65_HS1-834228961_62-HQ-83894_Section_7
Agency: FBI
Page 65
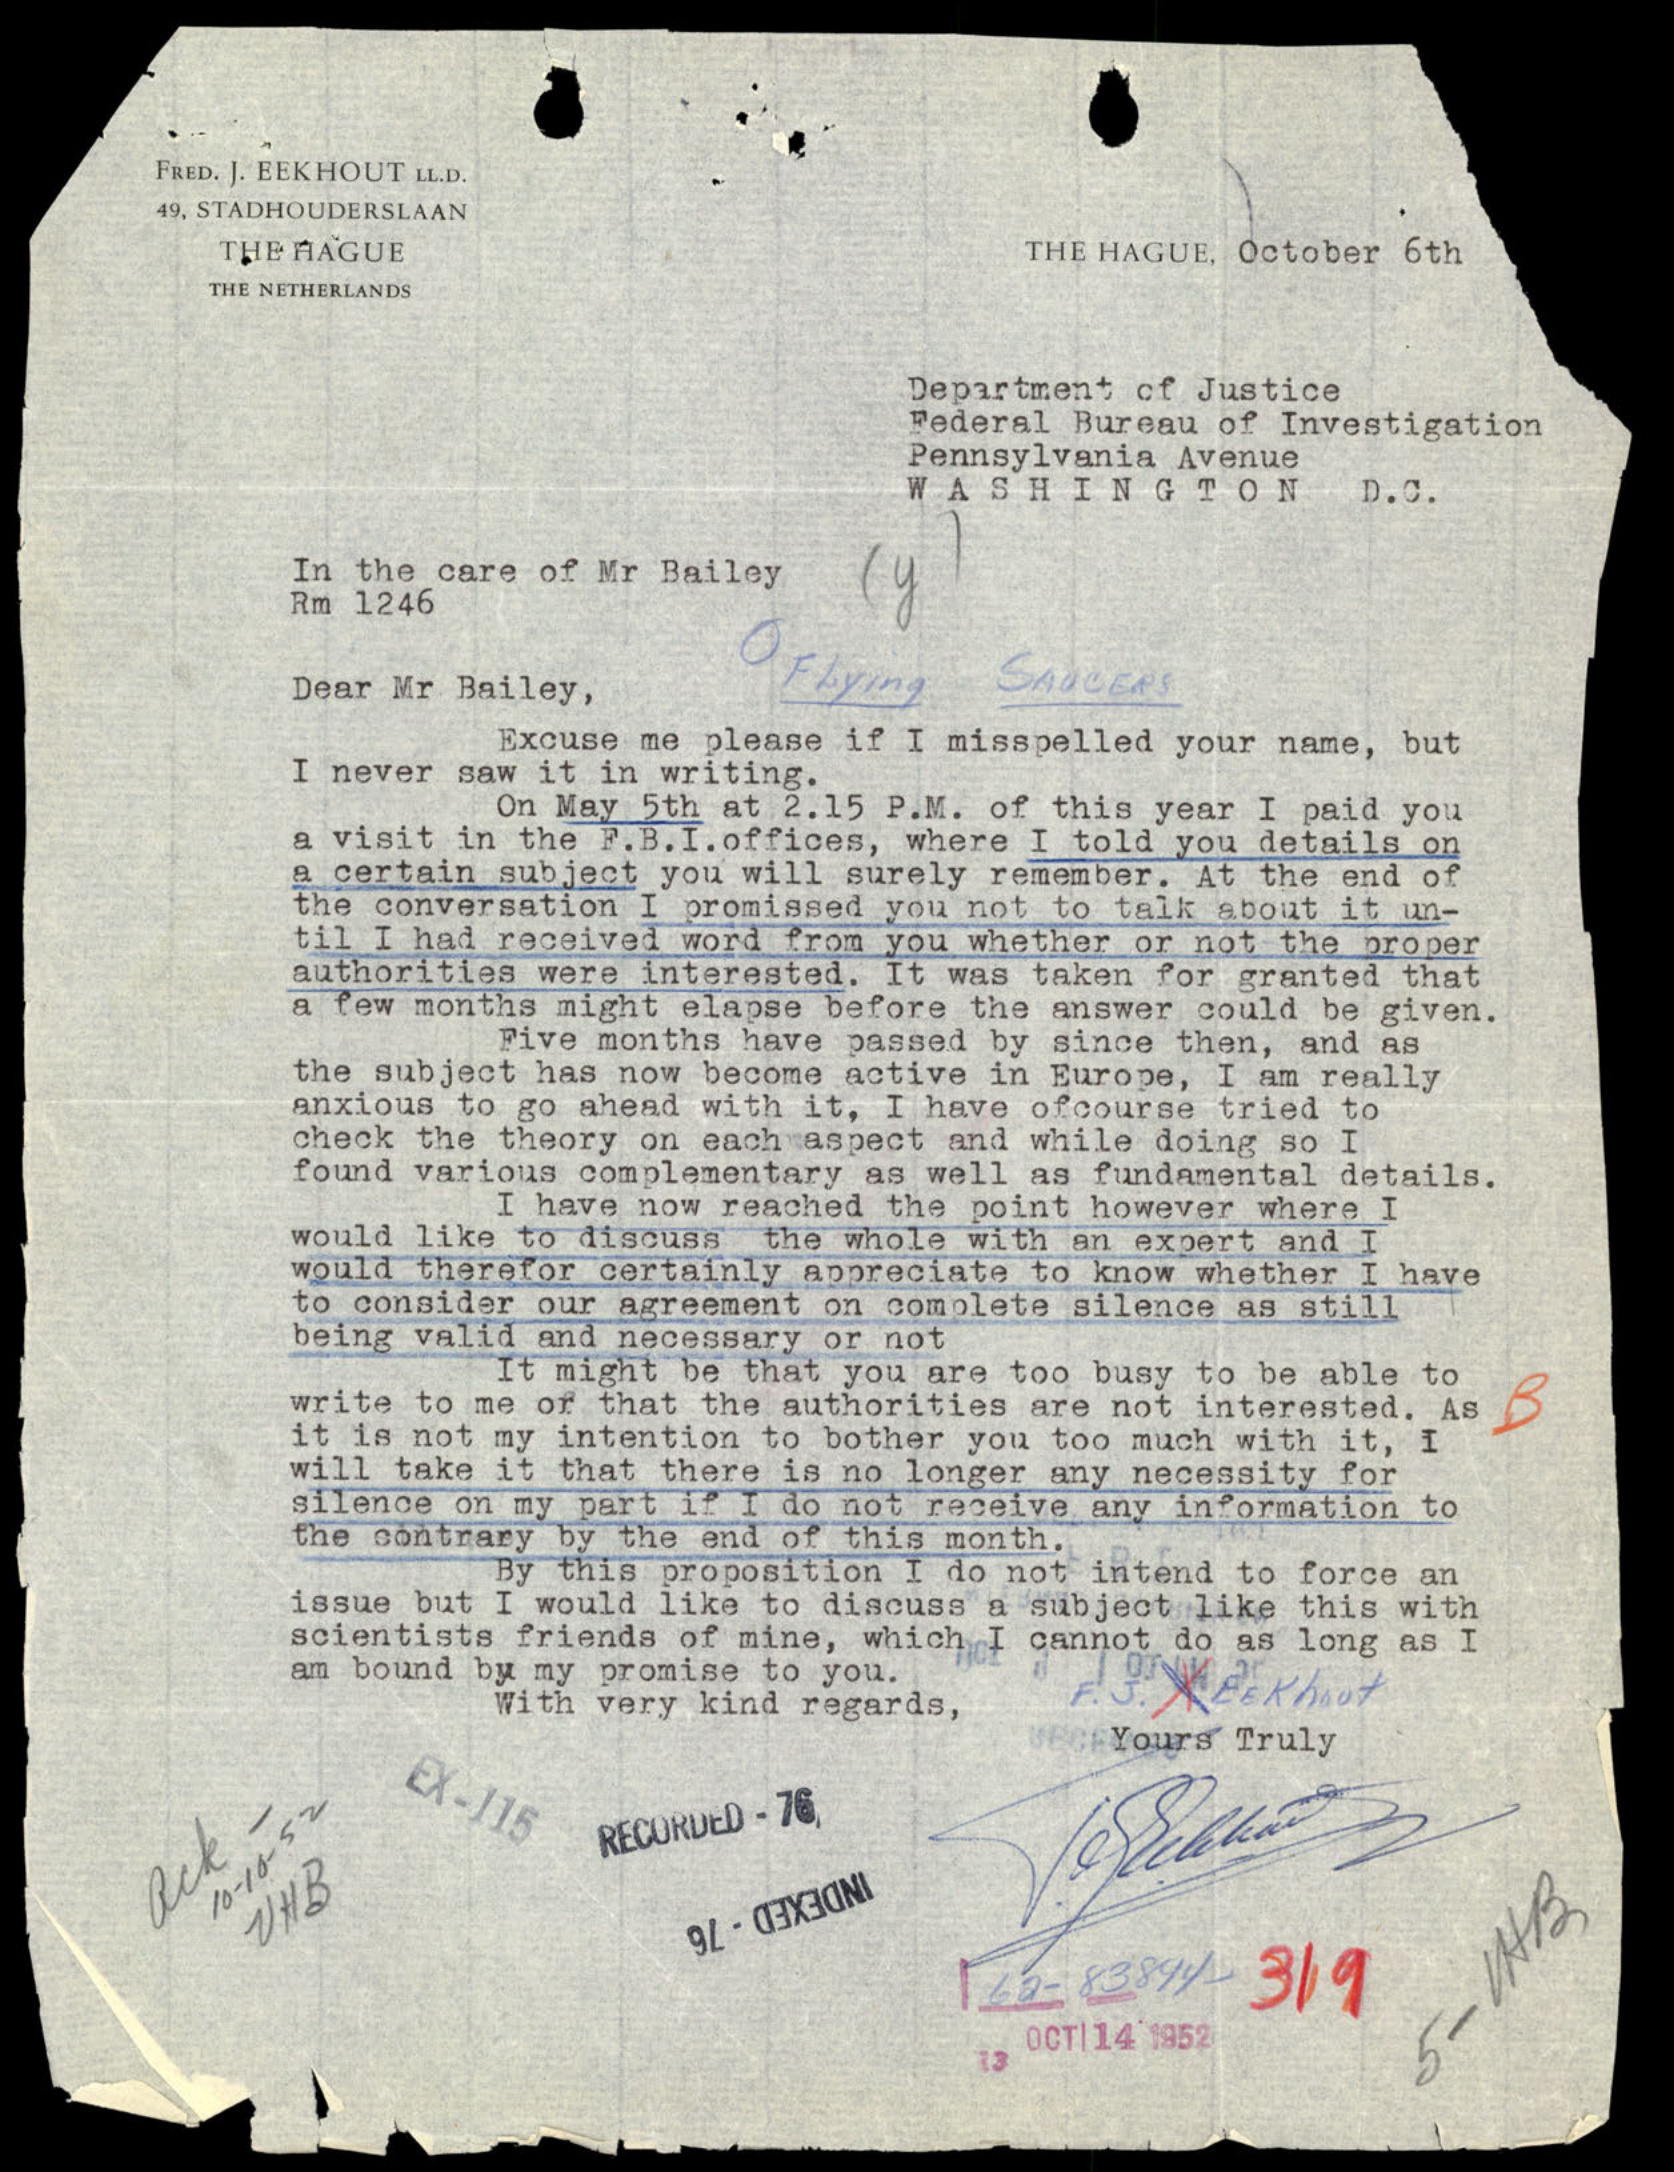